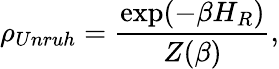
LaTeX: \rho_{Unruh}=\frac{\exp(-\beta H_{R})}{Z(\beta)},